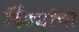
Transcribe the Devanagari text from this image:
दिंड्यांचा